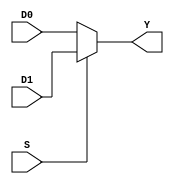
`timescale 1ns / 1ps
module multiplexer32Bit(D0, D1, S, Y);
    input wire [31:0] D0, D1;
    input wire S;
    output reg [31:0] Y;
    
    always @(D0 or D1 or S)
    begin
    if(S)
        Y = D1;
    else
        Y = D0;    
    end
endmodule